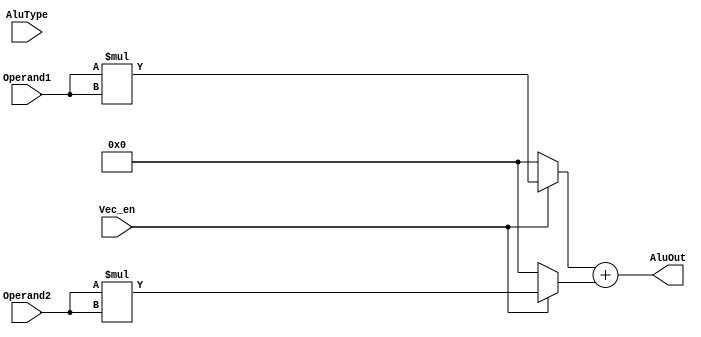
module VecALU(
    input [31:0] Operand1,
    input [31:0] Operand2,
    input Vec_en,
    input [3:0] AluType,
    output [31:0] AluOut
);

    reg [31:0] a;
    reg [31:0] b;
    assign AluOut = a + b;

    always @(*) begin
        if(Vec_en) begin
            a = Operand1 * Operand1;
            b = Operand2 * Operand2;
        end
        else begin
            a = 32'b0;
            b = 32'b0;
        end
    end

endmodule